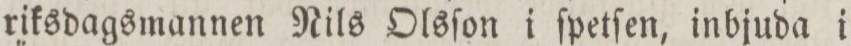
riksdagsmannen Nils Olsſon i ſpetſen, inbjuda i